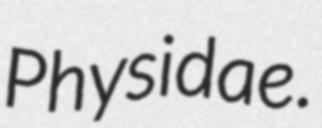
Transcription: Physidae.